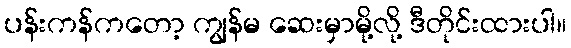
ပန်းကန်ကတော့ ကျွန်မ ဆေးမှာမို့လို့ ဒီတိုင်းထားပါ။